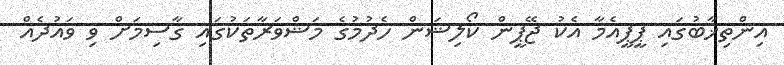
އިންތިޚާބުގައި ޕީޕީއެމާ އެކު ޖޭޕީން ކޯލިޝަން ހެދުމުގެ މަޝްވަރާތަކުގައި ގާސިމަށް ވި ވައުދެއް